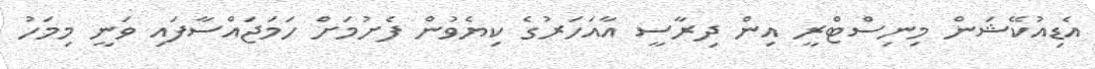
އެޑިއުކޭޝަން މިނިސްޓްރީ އިން ދިރާސީ އާއަހަރުގެ ކިޔެވުން ފެށުމަށް ހަމަޖައްސާފައި ވަނީ މިމަހު